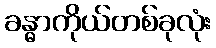
ခန္ဓာကိုယ်တစ်ခုလုံး